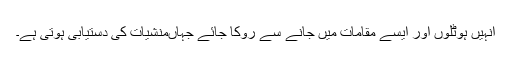
اُنہیں ہوٹلوں اور ایسے مقامات میں جانے سے روکا جائے جہاںمنشیات کی دستیابی ہوتی ہے۔